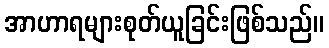
အာဟာရများစုတ်ယူခြင်းဖြစ်သည်။